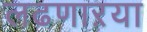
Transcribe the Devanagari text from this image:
लढणाऱया